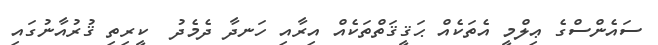
ސައެންސްގެ ޢިލްމީ އެތަކެއް ޙަޤީޤަތްތަކެއް އިރާއި ހަނދާ ދެމެދު  ކީރިތި ޤުރުއާނުގައި